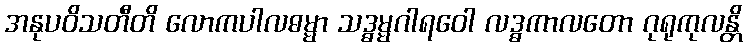
အနုပဝိသတီတိ လောကပါလဓမ္မာ သဒ္ဓမ္မဂါရဝေါ လဒ္ဓကာလတော ဂုရုကုလန္တိ